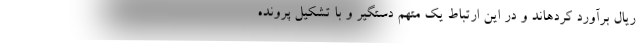
ریال برآورد کردهاند و در این ارتباط یک متهم دستگیر و با تشکیل پرونده